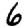
Digit: 6